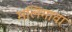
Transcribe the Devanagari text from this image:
मलिगावा